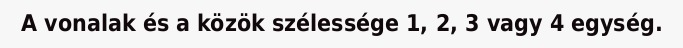
A vonalak és a közök szélessége 1, 2, 3 vagy 4 egység.